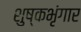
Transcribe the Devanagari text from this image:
शुष्कभृंगार